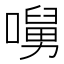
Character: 𡀭